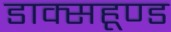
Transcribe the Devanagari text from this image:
डाक्सहूण्ड